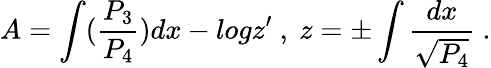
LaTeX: A=\int({\frac{P_{3}}{P_{4}}})dx-logz^{\prime}\ ,\ z=\pm\int{\frac{dx}{\sqrt{P_{4}}}}\ .